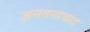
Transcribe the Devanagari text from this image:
जनतन्त्रवाद